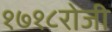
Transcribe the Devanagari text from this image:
१७१८रोजी